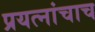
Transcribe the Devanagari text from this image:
प्रयत्‍नांचाच